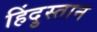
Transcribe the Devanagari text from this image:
हिंदु्स्तान